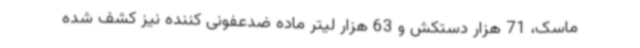
ماسک، 71 هزار دستکش و 63 هزار لیتر ماده ضدعفونی کننده نیز کشف شده